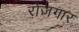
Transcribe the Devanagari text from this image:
राेजगार